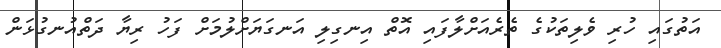
އަތުގައި ހުރި ވެލިތަކުގެ ތެރެއަށްލާފައި އޮތް އިނގިލި އަނގަޔަށްލުމަށް ފަހު ރިޔާ ދަތްއުނގުޅަން